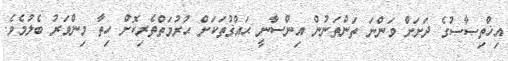
އިޚްތިޞާޞުގެ ދަށަށް ވަންނަ ތަންތަނުން އިންސާނީ ޙައްޤުތަކަށް ޙުރުމަތްތެރިކޮށް ހިތާ މިންވަރު ބެލުމެވެ.